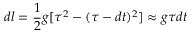
d l = \frac { 1 } { 2 } g [ \tau ^ { 2 } - ( \tau - d t ) ^ { 2 } ] \approx g \tau d t